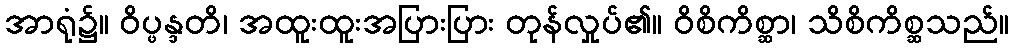
အာရုံ၌။ ဝိပ္ဖန္ဒတိ၊ အထူးထူးအပြားပြား တုန်လှုပ်၏။ ဝိစိကိစ္ဆာ၊ သိစိကိစ္ဆသည်။